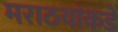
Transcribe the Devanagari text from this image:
मराठयांकडे